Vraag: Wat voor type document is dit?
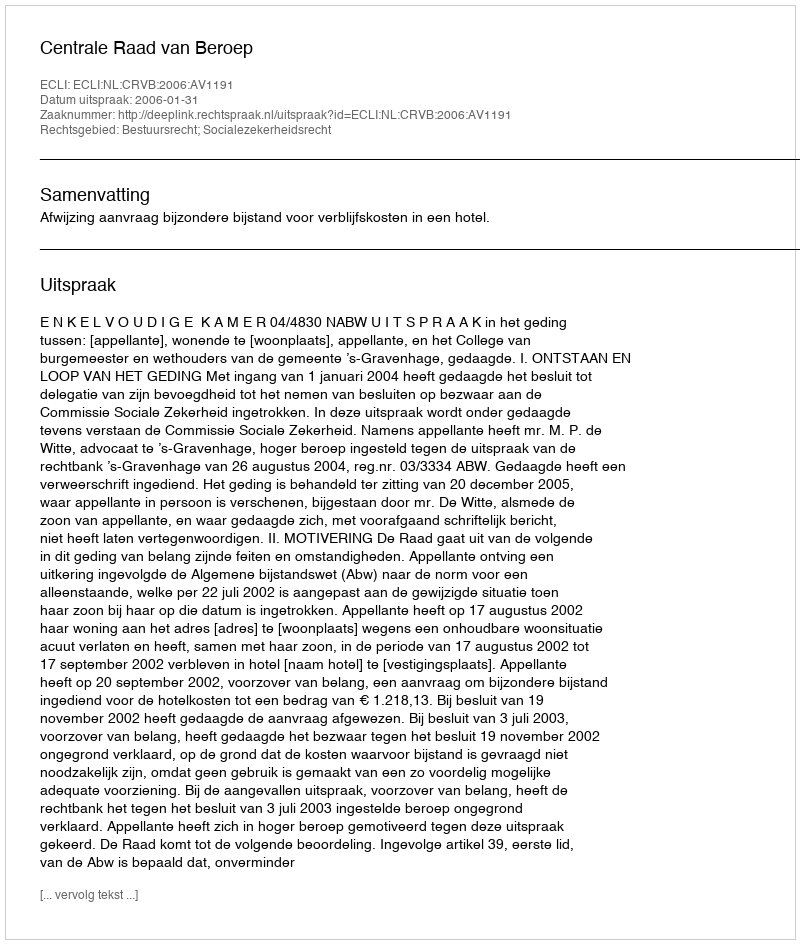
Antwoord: Uitspraak